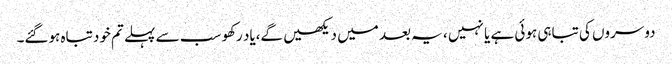
دوسروں کی تباہی ہوئی ہے یا نہیں ، یہ بعد میں دیکھیں گے،یاد رکھو سب سے پہلے تم خود تباہ ہوگئے۔